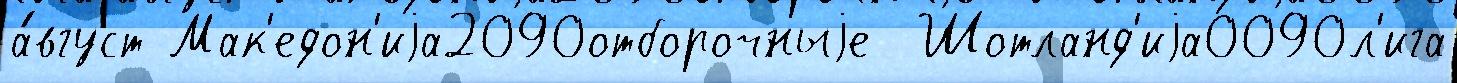
а́вгуст Мак'едон'иjа2090отборочныjе  Шотланд'иjа0090л'ига